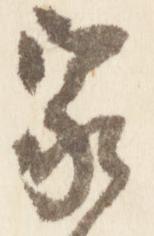
家